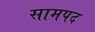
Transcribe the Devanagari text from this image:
सामपद